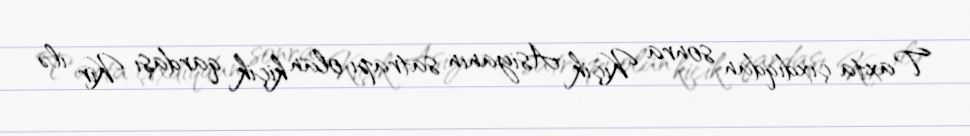
Taxta çıxdıqdan sonra Kiçik Asiyanın satrapı olan kiçik qardaşı Kir ilə